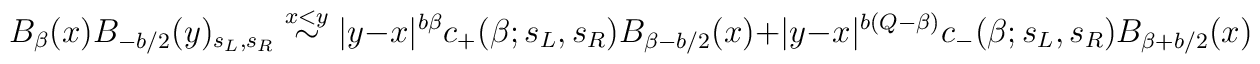
B_\beta(x)B_{-b/2}(y)_{s_L,s_R} \stackrel{x<y}{\sim}  |y-x|^{b\beta}c_+(\beta;s_L,s_R)B_{\beta-b/2}(x) + |y-x|^{b(Q-\beta)}c_-(\beta;s_L,s_R)B_{\beta+b/2}(x)